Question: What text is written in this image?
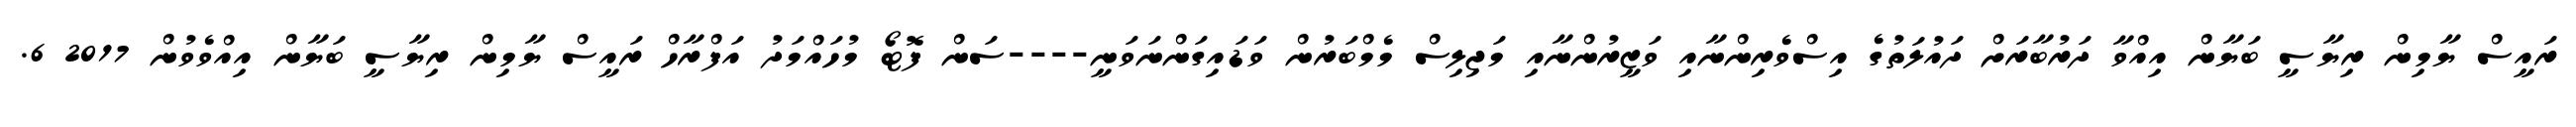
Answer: ރައީސް ޔާމިން ރިޔާސީ ބަޔާން އިއްވާ ދަރުބާރަށް ދައުލަތުގެ އިސްވެރިންނާއި ވަޒީރުންނާއި މަޖިލިސް މެމްބަރުން ވަޑައިގަންނަވަނީ----ސަން ފޮޓޯ މުހައްމަދު އަފްރާހް ރައީސް ޔާމިން ރިޔާސީ ބަޔާން އިއްވެވުން 2017 6.